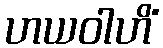
ဟယဝါဟိံ